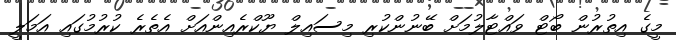
މީގެ އިތުރުން ބޯޓް ވައްޓާލުމަށް ބޭނުންކުރި މިސައިލް ޔޫކްރެއިންއަށް އެތެރެ ކުރުމުގައި އަމަލީ